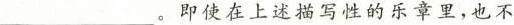
______________。即使在上述描写性的乐章里，也不